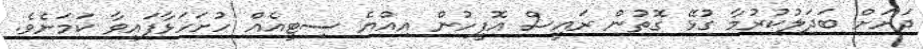
ދަށަށް ބަދަލުކުރުމާ ގުޅޭ ގޮތުން ރައީސް އޮފީހުން އިއްޔެ ސިޓީއެއް ހުށަހަޅާފައިވާ ކަމަށެވެ.